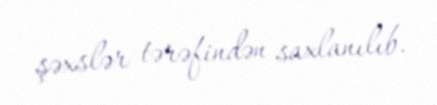
şəxslər tərəfindən saxlanılıb.